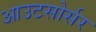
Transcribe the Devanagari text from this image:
आउटसोर्सर